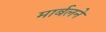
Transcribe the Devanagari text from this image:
मार्बलने